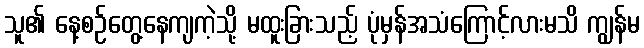
သူ၏ နေ့စဉ်တွေ့နေကျကဲ့သို့ မထူးခြားသည့် ပုံမှန်အသံကြောင့်လားမသိ ကျွန်မ